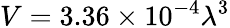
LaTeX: V=3.36\times 10^{-4}\lambda^{3}